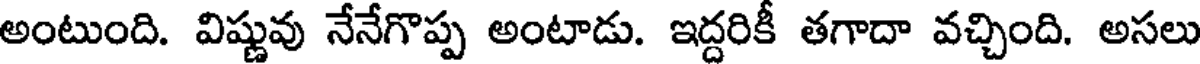
అంటుంది. విష్ణువు నేనేగొప్ప అంటాడు. ఇద్దరికీ తగాదా వచ్చింది. అసలు